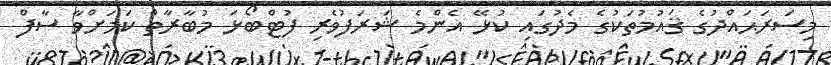
މިސަރަޙައްދުގެ ޤައުމުތަކުގެ މެދުގައި ކުޅޭ އެންމެ ޝަރަފުވެރި ފުޓްބޯޅަ މުބާރާތް ކަމަށްވާ ސާފް